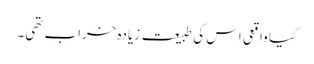
کیا واقعی اس کی طبیعت زیادہ خراب تھی۔